Madras plague regulations in force outside the Presidency town - Volume 5
Disease focus: Plague
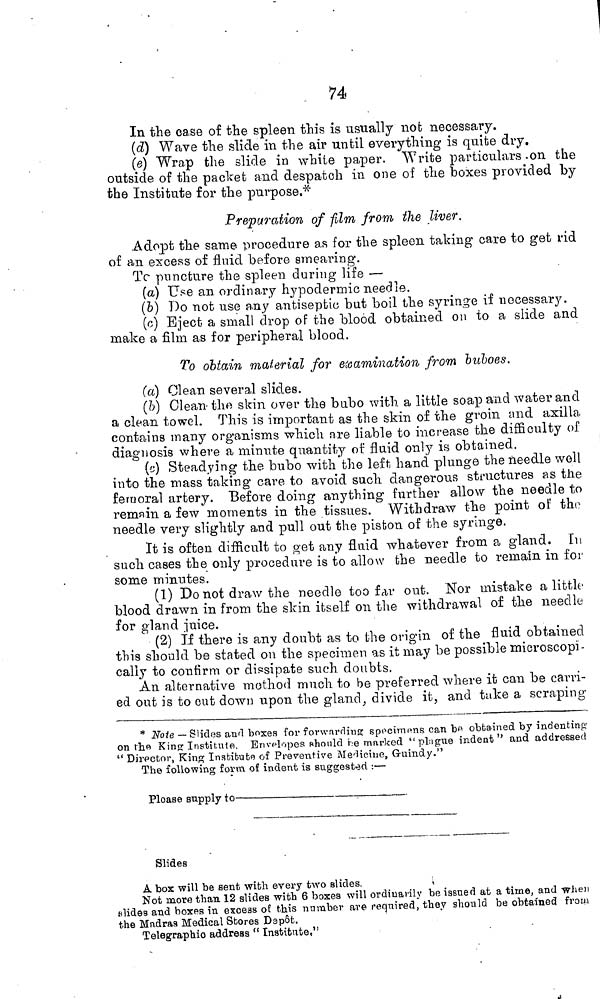
74
In the case of the spleen this is usually not necessary.
(d) Wave the slide in the air until everything is quite dry.
(e) Wrap the slide in while paper. Write particulars on the
outside of the packet and despatch in one of the boxes provided by
the Institute for the purpose,*
Preparation of film from the liver.
Adopt the same procedure as for the spleen taking care to get rid
of an excess of fluid before smearing.
To puncture the spleen during life —
(a) Use an ordinary hypodermic needle.
(b) Do not use any antiseptic but boil the syringe if necessary,
(c) Eject a small drop of the blood obtained on to a slide and
make a film as for peripheral blood.
To obtain material for examination from buboes.
(a) Clean several slides.
(b) Clean the skin over the bubo with a little soap and water and
a clean towel. This is important as the skin of the groin and axilla
contains many organisms which are liable to increase the difficulty of
diagnosis where a minute quantity of fluid only is obtained.
(c) Steadying the bubo with the left, hand plunge the needle well
into the mass taking care to avoid such dangerous structures as the
femoral artery. Before doing anything further allow the needle to
remain a few moments in the tissues. Withdraw the point of the
needle very slightly and pull out the piston of the syringe.
It is often difficult to get any fluid whatever from a gland. In
such cases the only procedure is to allow the needle to remain in for
some minutes.
(1) Do not draw the needle too far out. Nor mistake a little
blood drawn in from the skin itself on the withdrawal of the needle
for gland juice.
(2) If there is any doubt as to the origin of the fluid obtained
this should be stated on the specimen as it may be possible microscopi-
cally to confirm or dissipate such doubts.
An alternative method much to be preferred where it can be carri-
ed out is to cut down upon the gland, divide it, and take a scraping
* Note — Slides and boxes for forwarding specimens can bo obtained by indenting-
on the King Institute.. Envelopes should he marked "plague indent" and addressed
" Director, King Institute of Preventive Medicine, Guindy."
The following form of indent is suggested :—
Please supply
to
Slides
A box will be sent with every two slides,
Not more than 12 slides with 6 boxes will ordinarily be issued at a time, and when
slides and boxes in excess o£ this number are required, they should be obtained from
the Madras Medical Stores Depôt.
Telegraphic address " Institute,"